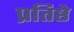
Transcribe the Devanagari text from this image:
प्रतिष्ठे